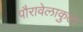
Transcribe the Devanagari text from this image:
पौरावेलाकुल